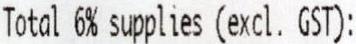
TOTAL 6% SUPPLIES (EXCL. GST):